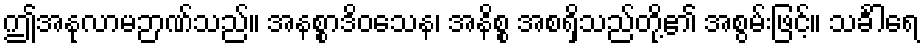
ဤအနုလာမဉာဏ်သည်။ အနစ္စာဒိဝသေန၊ အနိစ္စ အစရှိသည်တို့၏ အစွမ်းဖြင့်။ သင်္ခါရေ